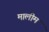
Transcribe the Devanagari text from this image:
मालीम